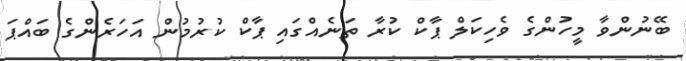
ބޭނުންވާ މީހުންގެ ވެހިކަލް ޕާކް ކުރާ ތަނެއްގައި ޕާކް ކުރުމުން އަހަރެންގެ ބައްޕަ